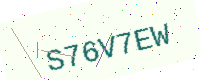
Text: S76V7EW